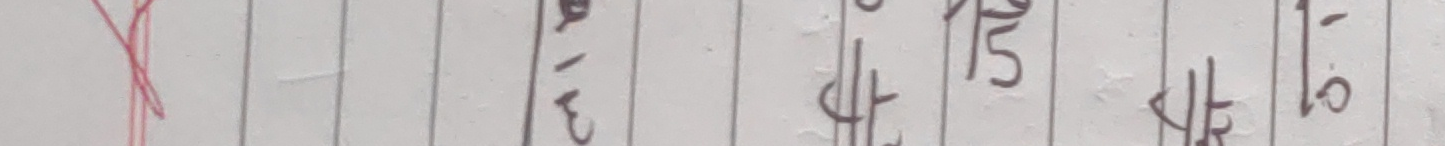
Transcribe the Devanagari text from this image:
३/१३ १५/४ ४/१६